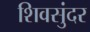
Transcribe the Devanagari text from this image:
शिवसुंदर